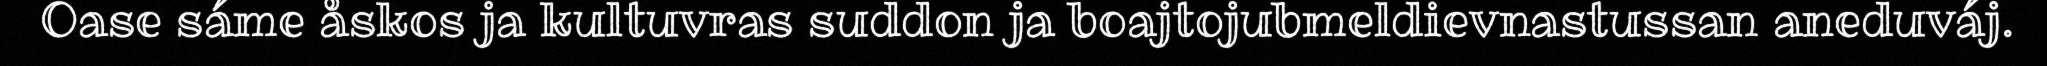
Oase sáme åskos ja kultuvras suddon ja boajtojubmeldievnastussan aneduváj.